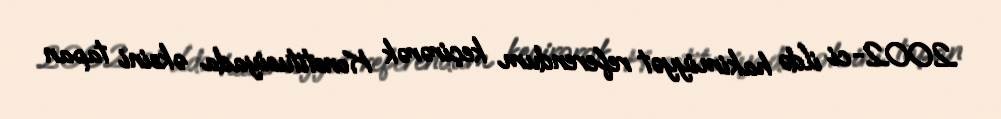
2002-ci ildə hakimiyyət referendum keçirərək Konstitusiyada əksini tapan